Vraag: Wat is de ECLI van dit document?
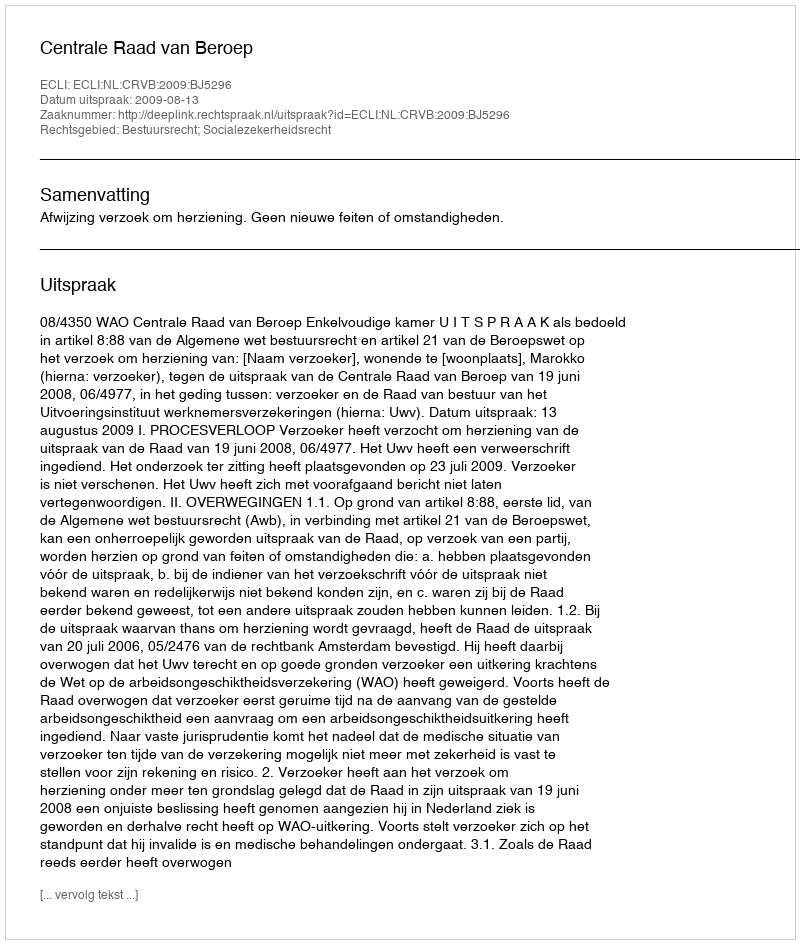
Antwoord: ECLI:NL:CRVB:2009:BJ5296